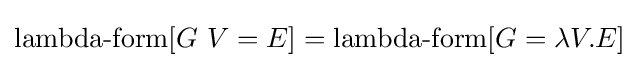
\operatorname {lambda-form} [G\ V=E]=\operatorname {lambda-form} [G=\lambda V.E]